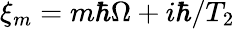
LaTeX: \xi_{m}=m\hbar\Omega+i\hbar/T_{2}